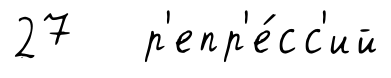
27 р'епр'е́сс'ий